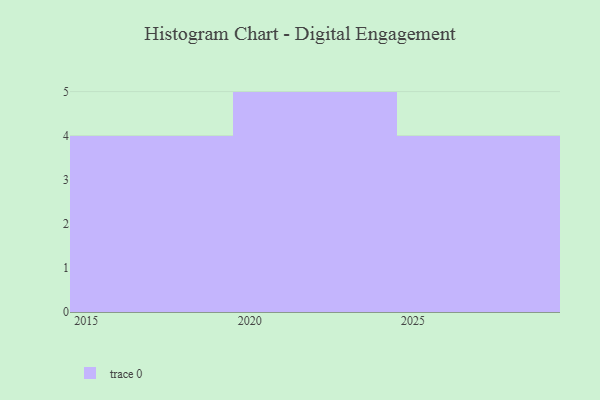
{"axis": {"x": "Year", "y": "Market Share (%)"}, "legend": [""], "data": [{"x": "2029", "y": 23, "type": ""}, {"x": "2027", "y": 85, "type": ""}, {"x": "2022", "y": 38, "type": ""}, {"x": "2025", "y": 20, "type": ""}, {"x": "2020", "y": 41, "type": ""}, {"x": "2023", "y": 31, "type": ""}, {"x": "2024", "y": 66, "type": ""}, {"x": "2015", "y": 82, "type": ""}, {"x": "2016", "y": 64, "type": ""}, {"x": "2018", "y": 2, "type": ""}, {"x": "2026", "y": 7, "type": ""}, {"x": "2017", "y": 14, "type": ""}, {"x": "2021", "y": 50, "type": ""}]}